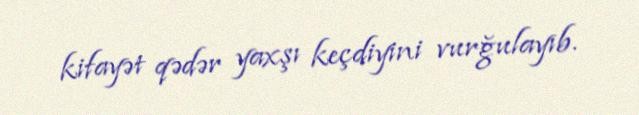
kifayət qədər yaxşı keçdiyini vurğulayıb.